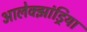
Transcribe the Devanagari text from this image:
आलेक्झांड्रिया